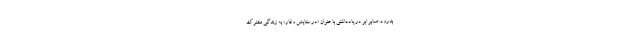
بدرود. صابر ابر در یادداشتی با عنوان «در ستایشِ وقار» به زندگی مشترک